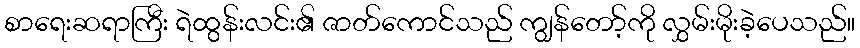
စာရေးဆရာကြီး ရဲထွန်းလင်း၏ ဇာတ်ကောင်သည် ကျွန်တော့်ကို လွှမ်းမိုးခဲ့ပေသည်။